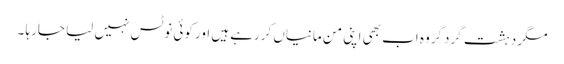
مگر دہشت گردگروہ اب بھی اپنی من مانیاں کررہے ہیں اور کوئی نوٹس نہیں لیا جارہا ۔